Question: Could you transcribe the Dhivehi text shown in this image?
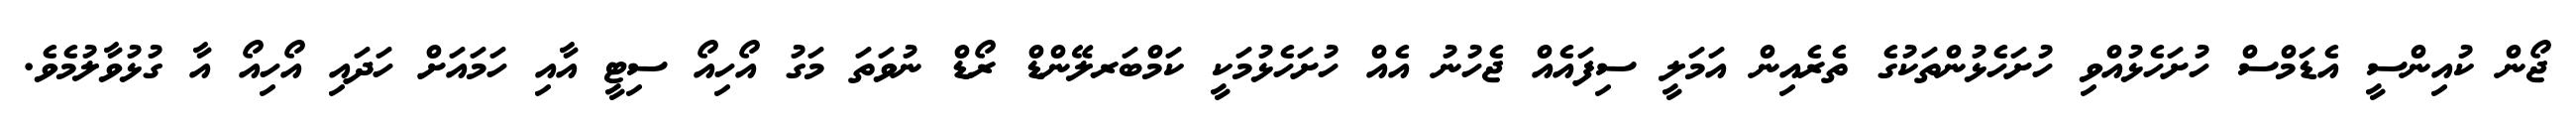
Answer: ޖޯން ކުއިންސީ އެޑަމްސް ހުށަހެޅުއްވި ހުށަހެޅުންތަކުގެ ތެރެއިން އަމަލީ ސިފައެއް ޖެހުނު އެއް ހުށަހެޅުމަކީ ކަމްބަރލޭންޑް ރޯޑް ނުވަތަ މަގު އޯހިއޯ ސިޓީ އާއި ހަމައަށް ހަދައި އޯހިއޯ އާ ގުޅުވާލުމެވެ.